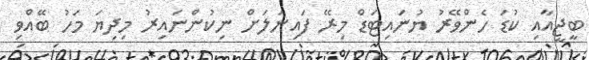
ބީޖީއާއި ކުޑަ ހެންވޭރު ޔުނައިޓަޑް މިރޭ ފައިނަލަށް ނިކުންނައިރު މިދިޔަ މަހު ބޭއްވި